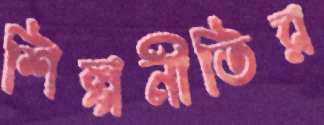
শিল্পনীতির